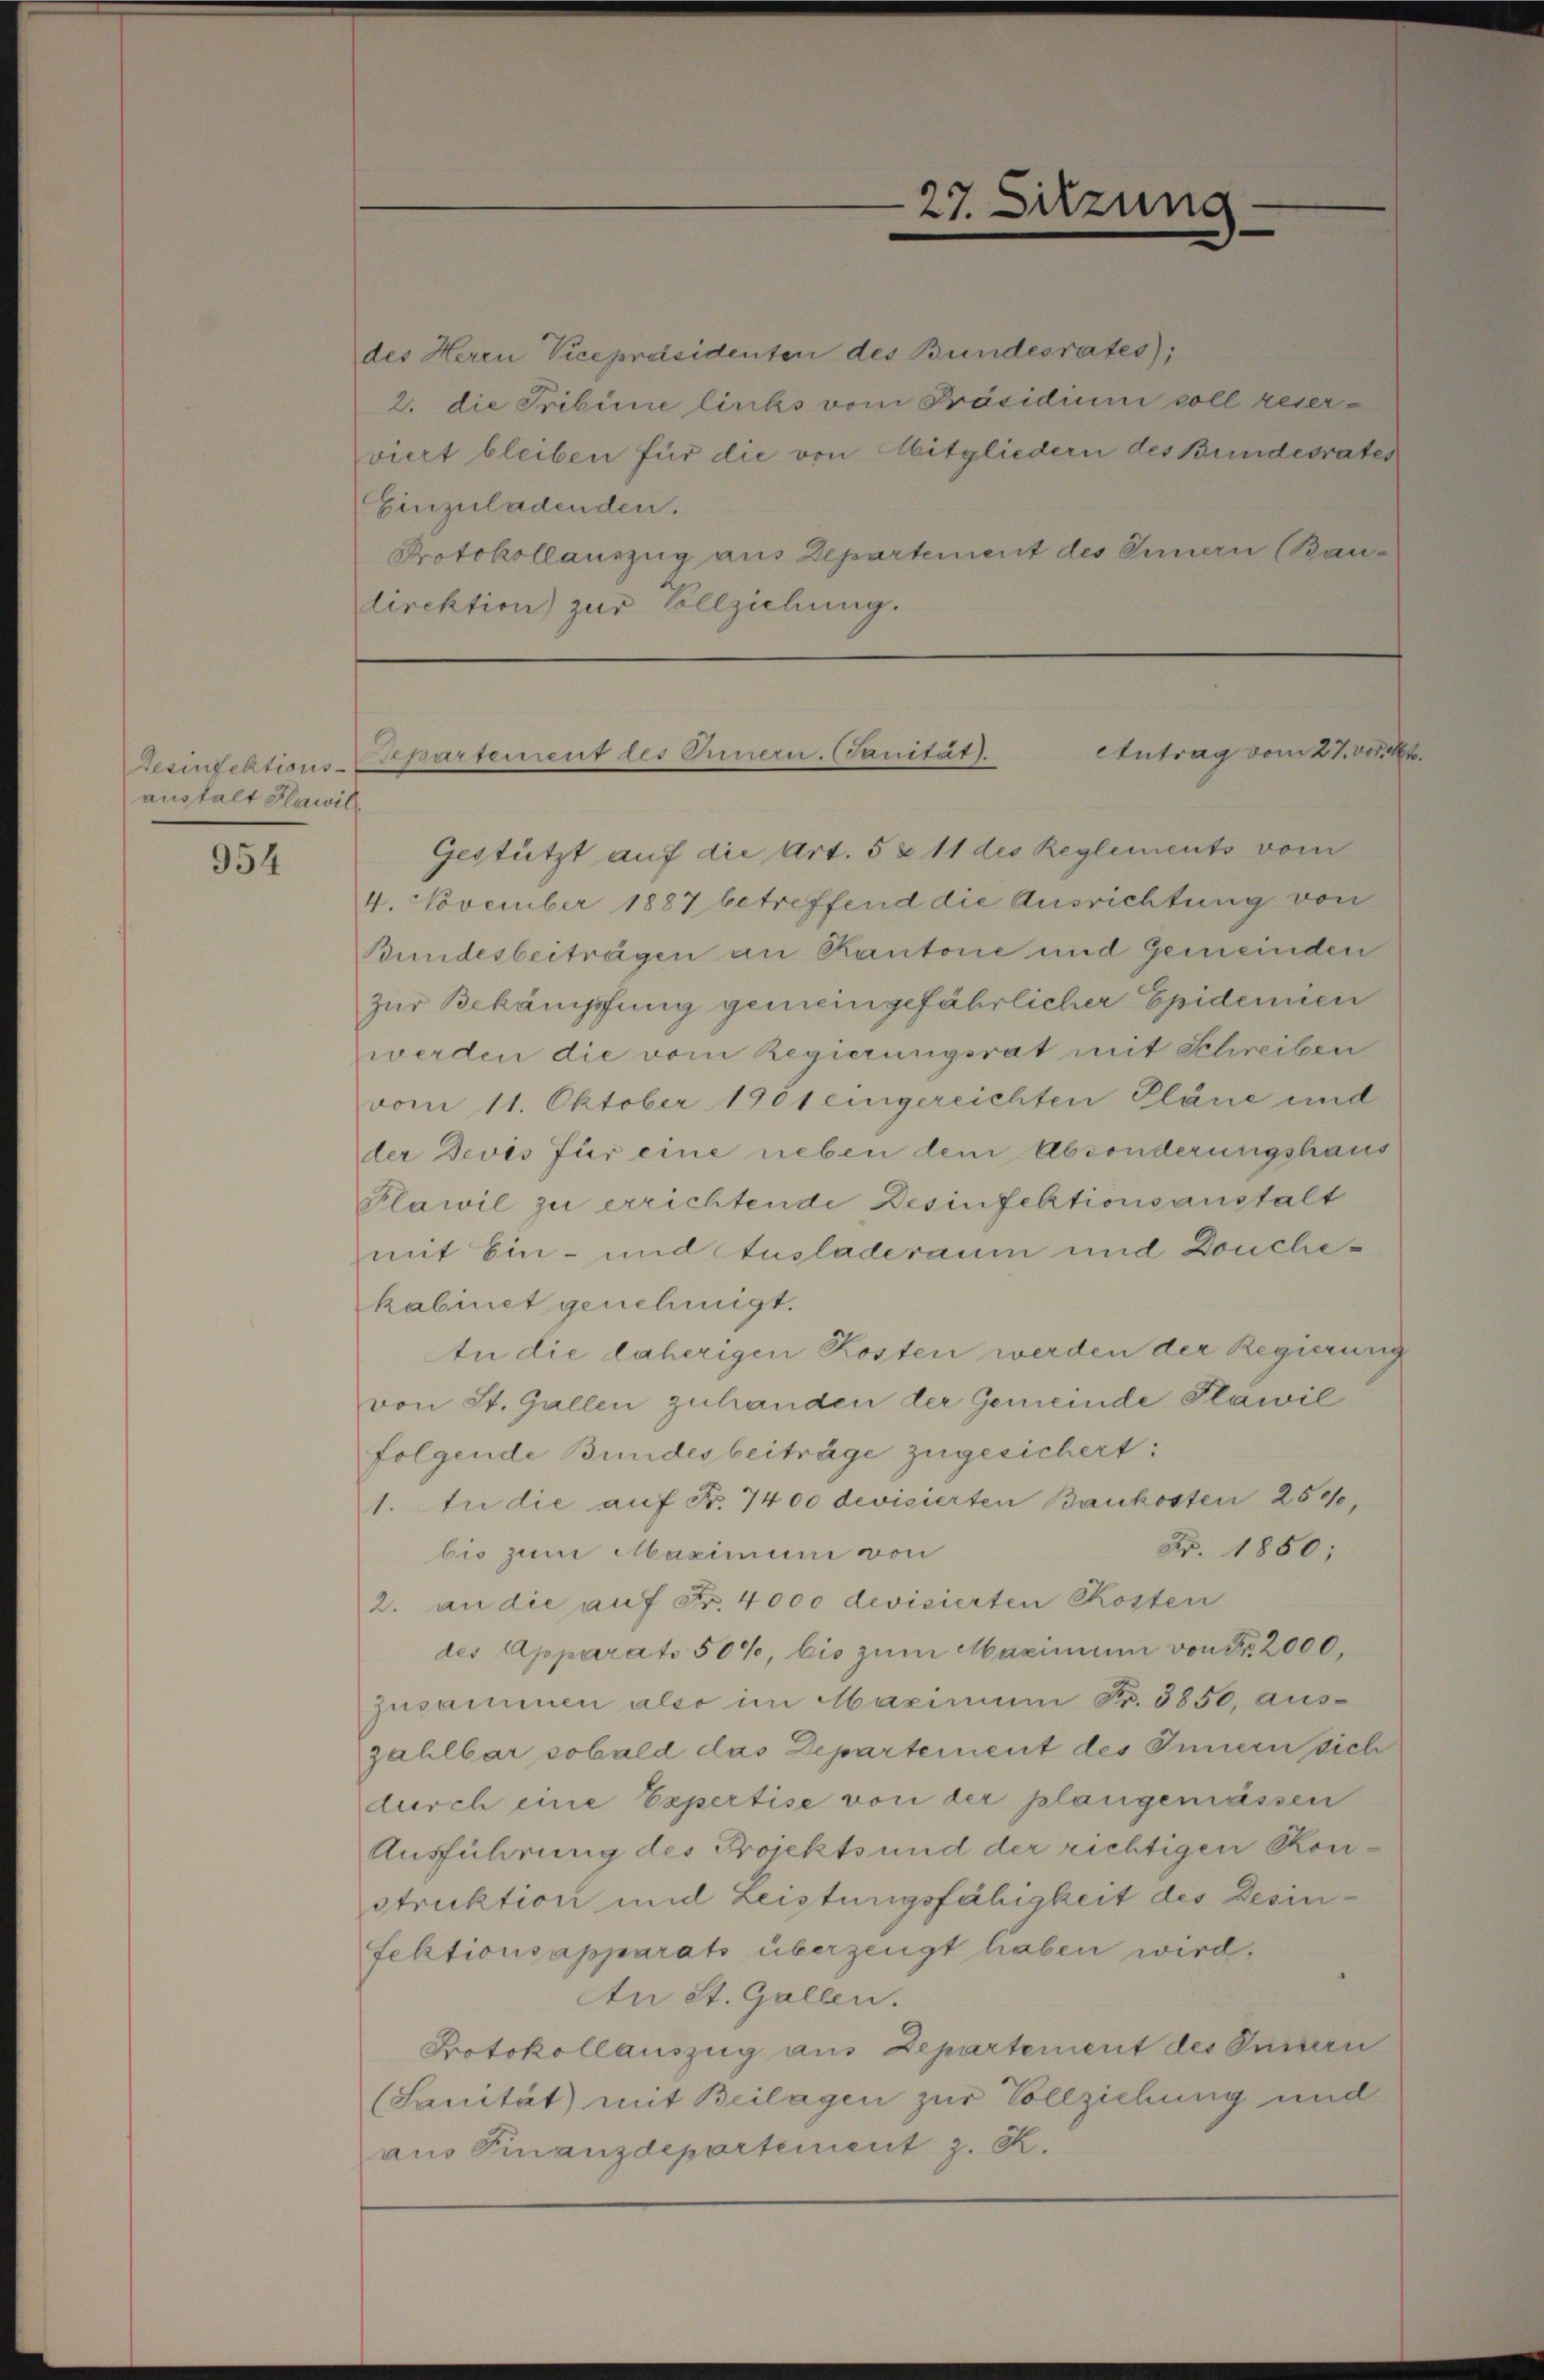
Resinfektions-
austalt Flawil¬

954

27. Sitzung.

des Herrn Vicepräsidenten des Bundesrates);
2. die Tribüne links vom Präsidium soll reserviert bleiben für die von Mitgliedern des Bundesrates
Einzuladenden.
Protokollauszug aus Departement des Innern (Baudirektion) zur Vollziehung.

Antrag vom 27. vor. Mt
pursement des Innern. Sanität

Gestützt auf die Art. 5 & 11 des Reglements vom
4. November 1887 betreffend die Ausrichtung von
Bundesbeiträgen an Kantone und Gemeinden
zur Bekämpfung gemeingefährlicher Epidernen
werden die vom Regierungsrat mit Schreiben
vom 11. Oktober 1901 eingereichten Pläne und
der Devis für eine neben dem Absonderungshaus
Plawil zu errichtende Besinfektionsanstalt
mit Ein- und Ausladeraum und Douchekabinet genehmigt.
In die daherigen Kosten werden der Regierung
von St. Gallen zuhanden der Gemeinde Plawil
folgende Bundesbeiträge zugesichert:
1. In die auf Fr. 7400 devisierten Baukosten 250,
Nr. 1850;
bis zum Maximum von
2. an die auf Fr. 4000 devisierten Kosten
des Apparato 50%, bis zum Maximum von Fr. 2000,
zusammen also im Maximum Fr. 3850, auszahlbar sobald das Departement des Innern sich
durch eine Expertise von der plangemässen
Ausführung des Projekts und der richtigen Konstruktion und Leistungsfähigkeit des Desin-
fektionsapparats überzeugt haben wird,
An St. Gallen.
Protokollauszug aus Departement des Fussern
(Sanität) mit Beilagen zur Vollziehung und
aus Finanzdepartement z. R.